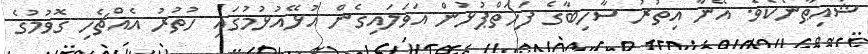
ޝައިޠާނެކެވެ. އޭނާ އިތުރު ސާހިބާގެ ފަހަތްޕުޅުން އަވަލައިގެން އުޅޭއުޅުމުގައި ހުތުރު އެއްޗެހި ގޮވުމުގެ